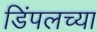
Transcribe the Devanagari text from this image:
डिंपलच्या